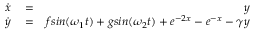
\begin{array} { r l r } { \dot { x } } & { { } = } & { y } \\ { \dot { y } } & { { } = } & { f s i n ( \omega _ { 1 } t ) + g s i n ( \omega _ { 2 } t ) + e ^ { - 2 x } - e ^ { - x } - \gamma y } \end{array}